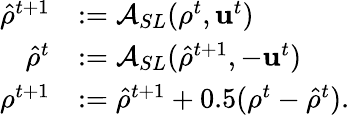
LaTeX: \begin{array}{rl}{\hat{\rho}^{t+1}}&{:=\mathcal{A}_{SL}(\rho^{t},\mathrm{\mathbf{u}}^{t})}\\ {\hat{\rho}^{t}}&{:=\mathcal{A}_{SL}(\hat{\rho}^{t+1},-\mathrm{\mathbf{u}}^{t})}\\ {\rho^{t+1}}&{:=\hat{\rho}^{t+1}+0.5(\rho^{t}-\hat{\rho}^{t}).}\end{array}